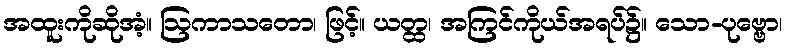
အထူးကိုဆိုအံ့။ ဩကာသတော၊ ဖြင့်။ ယတ္ထ၊ အကြင်ကိုယ်အရပ်၌။ သော-ပုဗ္ဗော၊